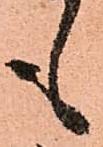
も